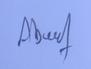
Signature authenticity: genuine